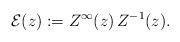
LaTeX: \begin{align*}{\cal E}(z):=Z^{\infty}(z)\,Z^{-1}(z).\end{align*}